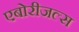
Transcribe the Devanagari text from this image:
एबोरीजल्स